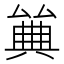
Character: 𠔰